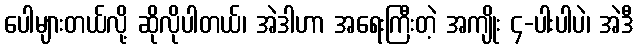
ပေါများတယ်လို့ ဆိုလိုပါတယ်၊ အဲဒါဟာ အရေးကြီးတဲ့ အကျိုး ၄-ပါးပါပဲ၊ အဲဒီ